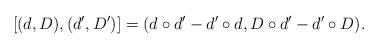
LaTeX: \begin{align*}[(d,D),(d',D')]=(d \circ d' - d' \circ d, D \circ d' - d' \circ D).\end{align*}